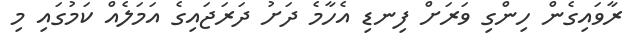
ރާވައިގެން ހިންގި ވަރަށް ފިނޑި އެހާމެ ދަށު ދަރަޖައިގެ އަމަލެއް ކަމުގައި މި